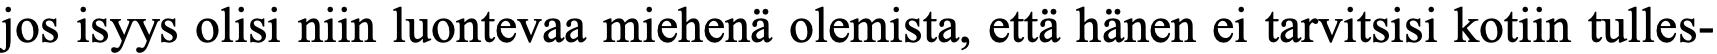
jos isyys olisi niin luontevaa miehenä olemista, että hänen ei tarvitsisi kotiin tulles-